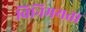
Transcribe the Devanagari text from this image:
विनिमयता